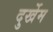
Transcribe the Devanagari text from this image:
दुर्खेम